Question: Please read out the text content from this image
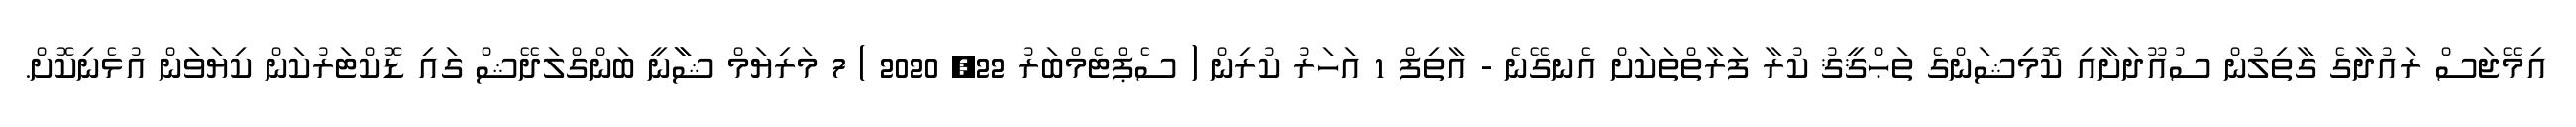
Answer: އިމޭޖަސް ރައުދާގެ ގާތިލުން ސުއޫދަށާއި ކޮމިޝަންގެ ތަޙްޤީޤު ކުރާ ފަރާތްތަކަށް އެނގޭނެ - އާތިފް 1 އަހަރު ކުރިން ( ސެޕްޓެމްބަރު 22, 2020 ) 7 މަރިޔަމް ޝާާނީ ބަންގްލަދޭޝް ގައި ޑޮކްޓަރުކަން ކިޔަވަން އުޅެނިކޮށް.